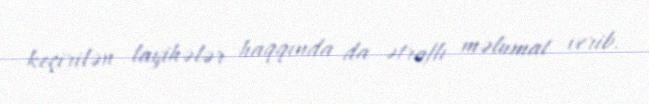
keçirilən layihələr haqqında da ətraflı məlumat verib.